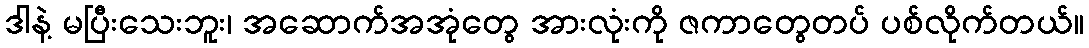
ဒါနဲ့ မပြီးသေးဘူး၊ အဆောက်အအုံတွေ အားလုံးကို ဇကာတွေတပ် ပစ်လိုက်တယ်။